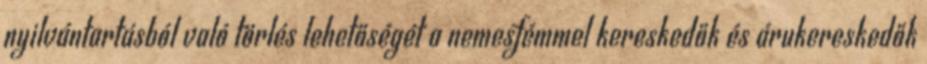
nyilvántartásból való törlés lehetőségét a nemesfémmel kereskedők és árukereskedők